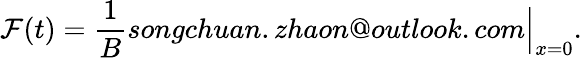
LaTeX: \mathcal{F}(t)=\frac{1}{B}songchuan.zhaon@outlook.com\Big\vert_{x=0}.